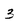
Character: 3